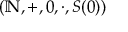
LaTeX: ( \mathbb { N } , + , 0 , \cdot , S ( 0 ) )